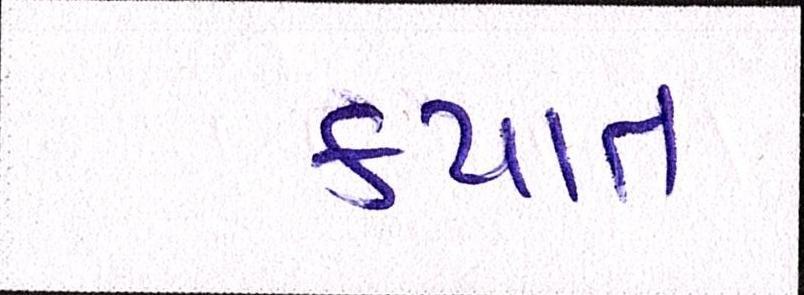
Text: કપાત